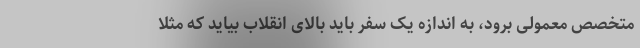
متخصص معمولی برود، به اندازه یک سفر باید بالای انقلاب بیاید که مثلاً